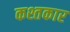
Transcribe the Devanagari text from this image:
कश्तकार